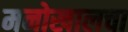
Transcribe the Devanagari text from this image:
मनोखालचा